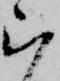
ら